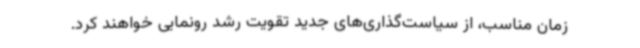
زمان مناسب، از سیاست‌گذاری‌های جدید تقویت رشد رونمایی خواهند کرد.